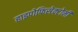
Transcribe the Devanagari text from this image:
हाइपोफिसेक्टोमी